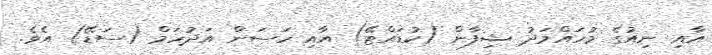
އާއި ނިއުގެ މުހައްމަދު ޝިފާން (ކުޑައްޓޭ) އާއި ހަސަން އަދުހަމް (ސަޑޭ) އެވެ.